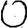
Digit: 0